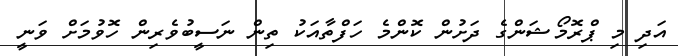
އަދި މި ޕްރޮމޯޝަންގެ ދަށުން ކޮންމެ ހަފްތާއަކު ތިން ނަސީބުވެރިން ހޮވުމަށް ވަނީ